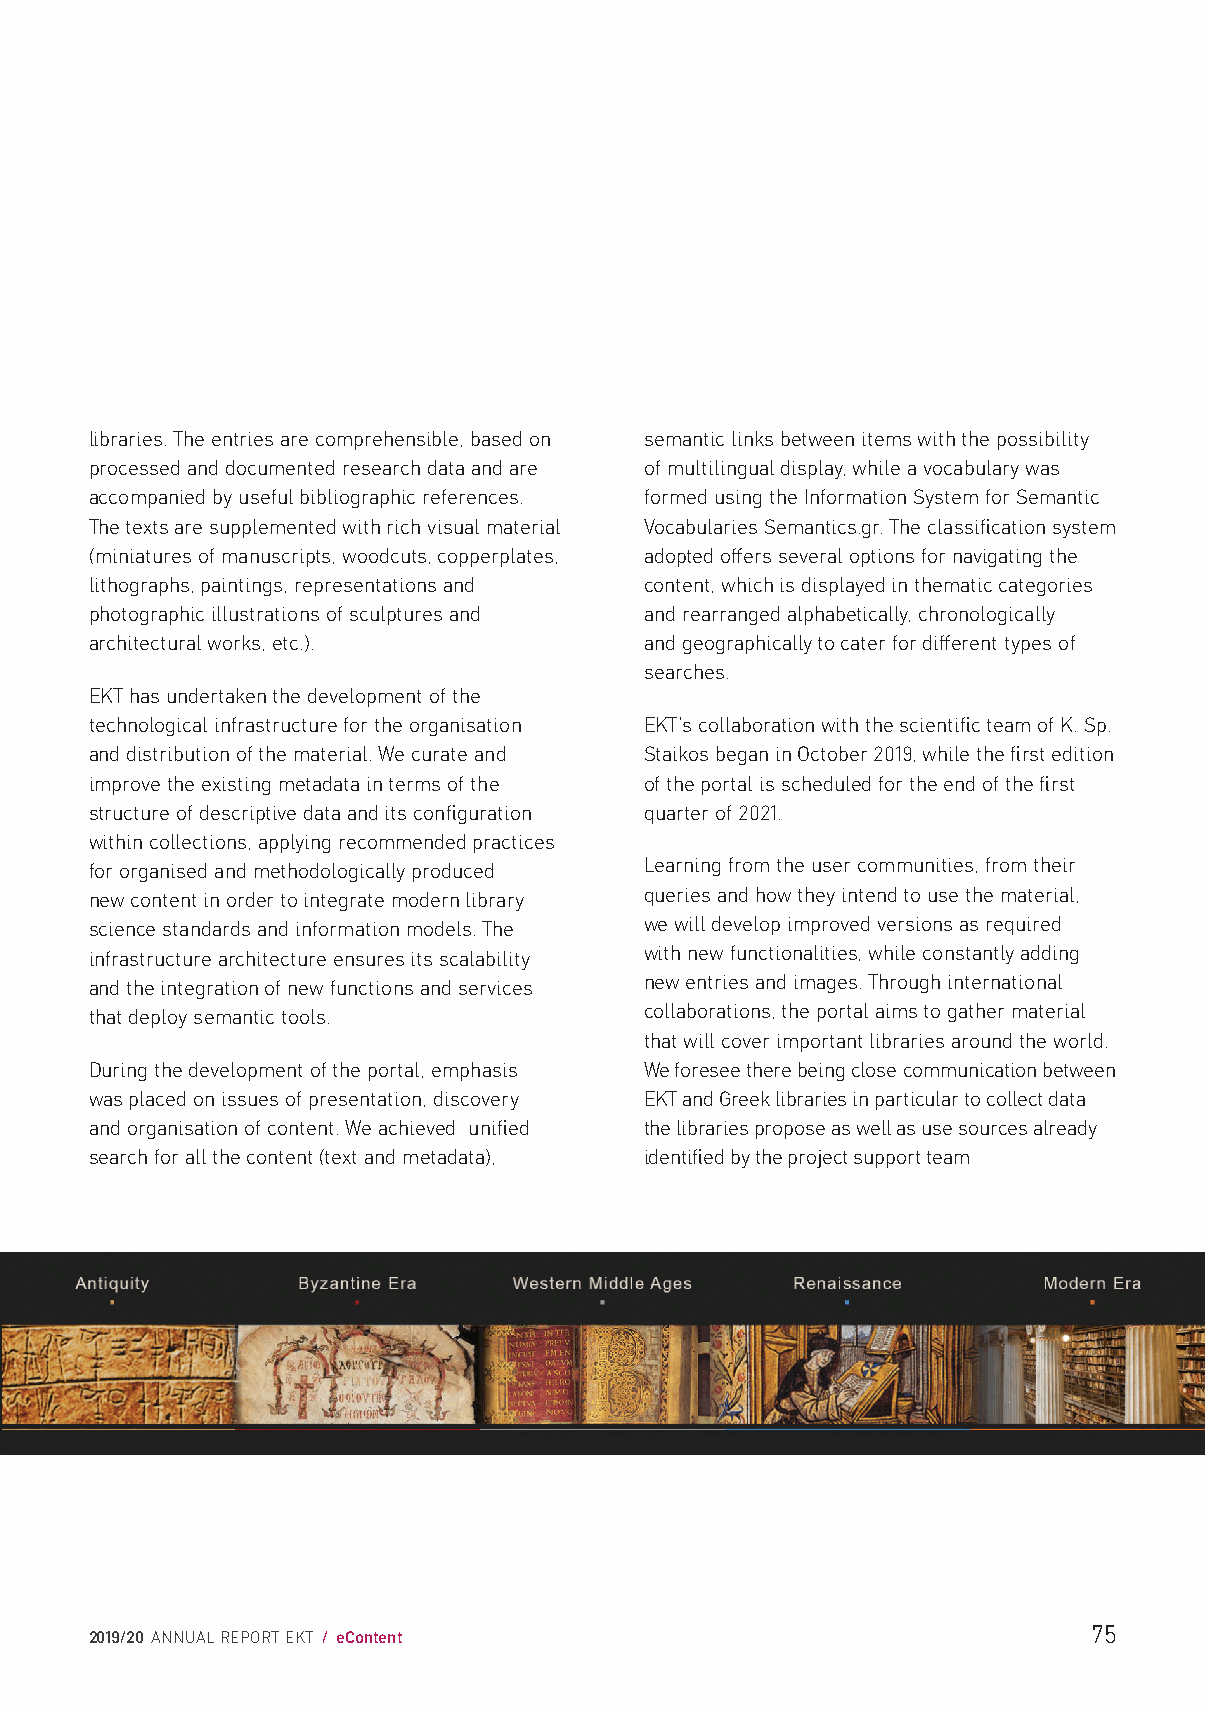
libraries. The entries are comprehensible, based on semantic links between items with the possibility
 processed and documented research data and are of multilingual display, while a vocabulary was
 accompanied by useful bibliographic references. formed using the Information System for Semantic
 The texts are supplemented with rich visual material Vocabularies Semantics.gr. The classification system
 (miniatures of manuscripts, woodcuts, copperplates, adopted offers several options for navigating the
 lithographs, paintings, representations and content, which is displayed in thematic categories
 photographic illustrations of sculptures and and rearranged alphabetically, chronologically
 architectural works, etc.).          and geographically to cater for different types of
 searches.
 EKT has undertaken the development of the
 technological infrastructure for the organisation EKT’s collaboration with the scientific team of K. Sp.
 and distribution of the material. We curate and Staikos began in October 2019, while the first edition
 improve the existing metadata in terms of the of the portal is scheduled for the end of the first
 structure of descriptive data and its configuration quarter of 2021.
 within collections, applying recommended practices
 for organised and methodologically produced Learning from the user communities, from their
 new content in order to integrate modern library queries and how they intend to use the material,
 science standards and information models. The we will develop improved versions as required
 infrastructure architecture ensures its scalability with new functionalities, while constantly adding
 and the integration of new functions and services new entries and images. Through international
 that deploy semantic tools.          collaborations, the portal aims to gather material
 that will cover important libraries around the world.
 During the development of the portal, emphasis We foresee there being close communication between
 was placed on issues of presentation, discovery EKT and Greek libraries in particular to collect data
 and organisation of content. We achieved unified the libraries propose as well as use sources already
 search for all the content (text and metadata), identified by the project support team
 75
 2019/20 ANNUAL REPORT EKT / eContent